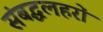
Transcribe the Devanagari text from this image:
संबद्धलहरों